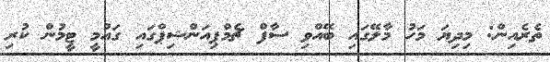
ތެރެއިން: މިދިޔަ މަހު މާލޭގައި ބޭއްވި ސާފް ޗެމްޕިއަންޝިޕްގައި ގައުމީ ޓީމުން ކުރި